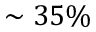
\sim 3 5 \%